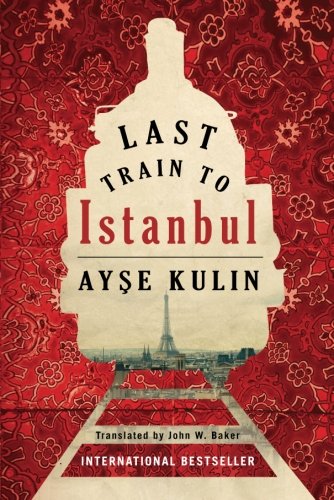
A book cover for Last Train to Istanbul: A Novel; Ayse Kulin; Romance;